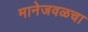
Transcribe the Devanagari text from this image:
मानेजवळचा